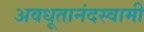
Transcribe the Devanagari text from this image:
अवधूतानंदस्वामी